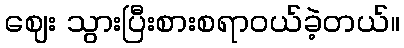
ဈေး သွားပြီးစားစရာဝယ်ခဲ့တယ်။